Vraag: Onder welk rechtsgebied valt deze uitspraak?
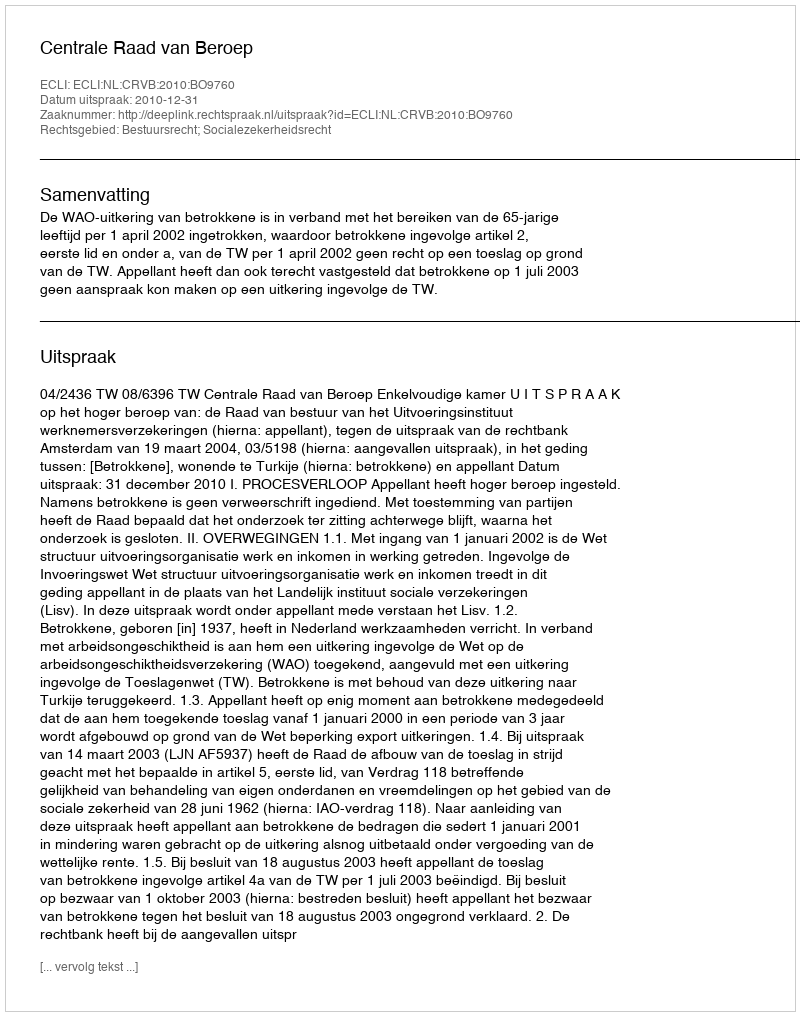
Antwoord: Bestuursrecht; Socialezekerheidsrecht